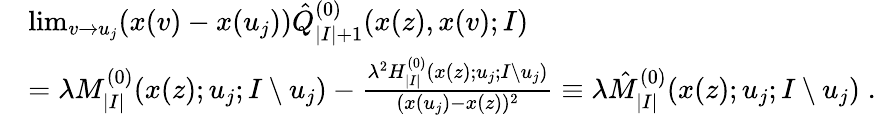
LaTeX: \begin{array}{rl}&{\operatorname*{lim}_{v\to u_{j}}(x(v)-x(u_{j}))\hat{Q}_{|I|+1}^{(0)}(x(z),x(v);I)}\\ &{=\lambda M_{|I|}^{(0)}(x(z);u_{j};I\setminus u_{j})-\frac{\lambda^{2}H_{|I|}^{(0)}(x(z);u_{j};I\setminus u_{j})}{(x(u_{j})-x(z))^{2}}\equiv\lambda\hat{M}_{|I|}^{(0)}(x(z);u_{j};I\setminus u_{j})\; .}\end{array}